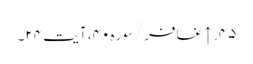
۴۵. ↑ غافر/سوره۴۰، آیت ۲۴۔